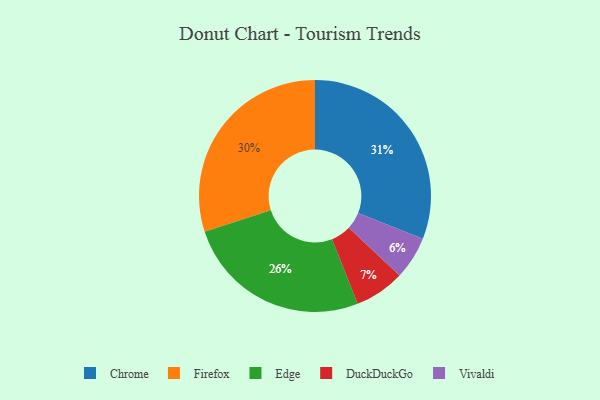
{"axis": {"x": "Category", "y": "Percentage"}, "legend": ["Chrome", "DuckDuckGo", "Edge", "Firefox", "Vivaldi"], "data": [{"x": "Edge", "y": 26, "type": "Edge"}, {"x": "DuckDuckGo", "y": 7, "type": "DuckDuckGo"}, {"x": "Firefox", "y": 30, "type": "Firefox"}, {"x": "Vivaldi", "y": 6, "type": "Vivaldi"}, {"x": "Chrome", "y": 31, "type": "Chrome"}]}